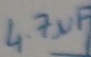
Text: 4.7µF